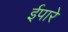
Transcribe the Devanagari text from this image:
ईपारे